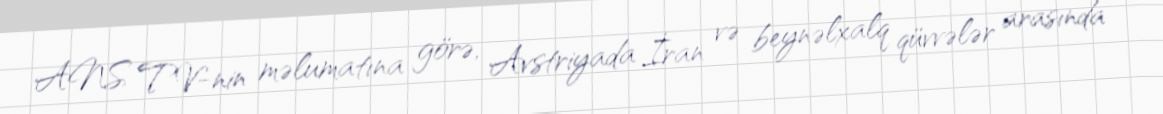
ANS TV-nin məlumatına görə, Avstriyada İran və beynəlxalq qüvvələr arasında